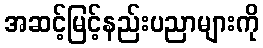
အဆင့်မြင့်နည်းပညာများကို